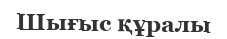
Шығыс құралы